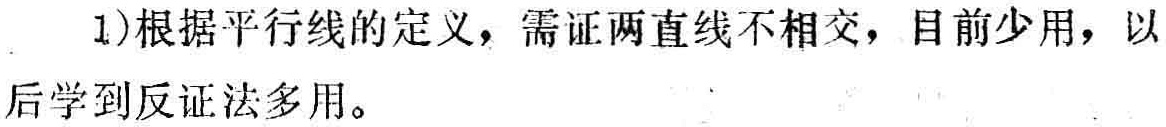
1)根据平行线的定义，需证两直线不相交，目前少用，以后学到反证法多用。